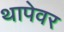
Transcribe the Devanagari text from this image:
थापेवर